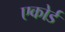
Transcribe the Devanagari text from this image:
एकोर्ड